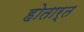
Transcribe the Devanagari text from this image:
होतार्त